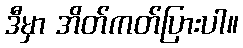
ဒီမှာ အိတ်ကတ်ပြားပါ။